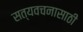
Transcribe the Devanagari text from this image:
सत्यवचनासाठी